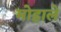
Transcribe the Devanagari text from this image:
मोहाले